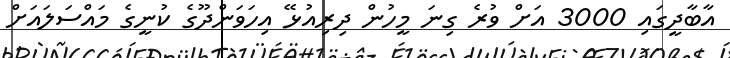
އާބާދީގައި 3000 އަށް ވުރެ ގިނަ މީހުން ދިރިއުޅޭ އިހަވަންދޫގެ ކުނީގެ މައްސަލައަށް